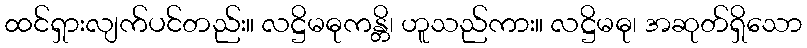
ထင်ရှားလျက်ပင်တည်း။ လဋ္ဌိမဓုကန္တိ၊ ဟူသည်ကား။ လဋ္ဌိမဓု၊ အဆုတ်ရှိသော